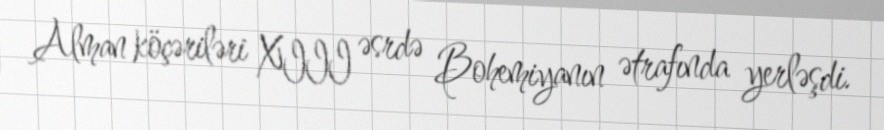
Alman köçəriləri XIII əsrdə Bohemiyanın ətrafında yerləşdi.